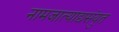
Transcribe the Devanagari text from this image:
नामजात्याद्यसंयुत